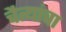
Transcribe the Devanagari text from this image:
चैत्यांचा